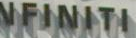
NFINITI